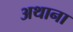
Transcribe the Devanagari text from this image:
अथाना